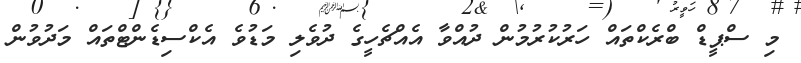
މި ސްޕީޑް ބްރެކްތައް ހަރުކުރުމުން ދުއްވާ އެއްޗެހީގެ ދުވެލި މަޑުވެ އެކްސިޑެންޓްތައް މަދުވުން